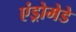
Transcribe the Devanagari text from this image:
एंड्रोमेडे